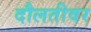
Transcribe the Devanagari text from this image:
दौलतीवर